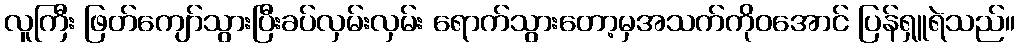
လူကြီး ဖြတ်ကျော်သွားပြီးခပ်လှမ်းလှမ်း ရောက်သွားတော့မှအသက်ကိုဝအောင် ပြန်ရှူရဲသည်။